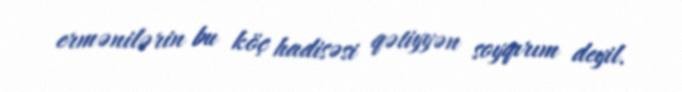
ermənilərin bu köç hadisəsi qətiyyən soyqırım deyil.